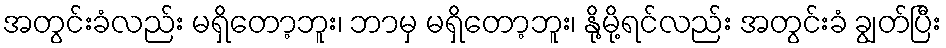
အတွင်းခံလည်း မရှိတော့ဘူး၊ ဘာမှ မရှိတော့ဘူး၊ နို့မို့ရင်လည်း အတွင်းခံ ချွတ်ပြီး